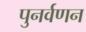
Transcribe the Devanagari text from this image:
पुनर्वणन